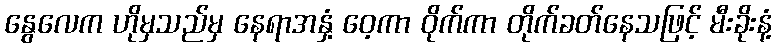
နွေလေက ဟိုမှသည်မှ နေရာအနှံ့ ဝေ့ကာ ဝိုက်ကာ တိုက်ခတ်နေသဖြင့် မီးခိုးနံ့